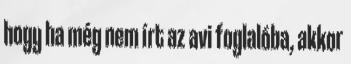
hogy ha még nem írt az avi foglalóba, akkor